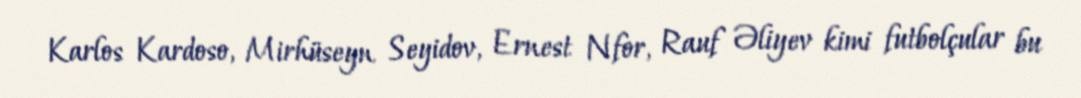
Karlos Kardoso, Mirhüseyn Seyidov, Ernest Nfor, Rauf Əliyev kimi futbolçular bu